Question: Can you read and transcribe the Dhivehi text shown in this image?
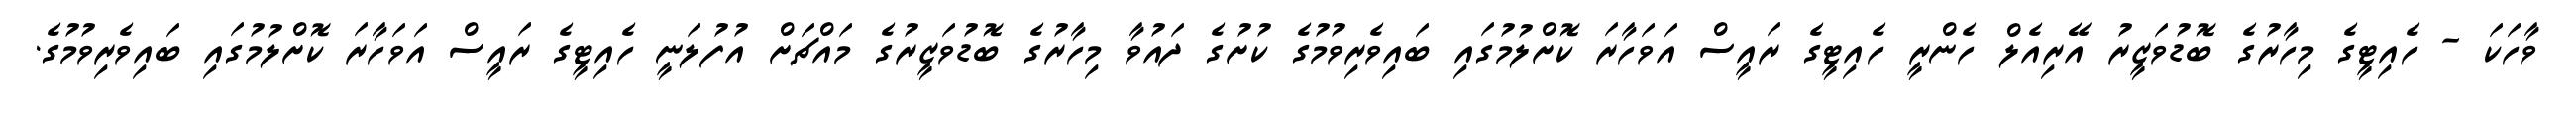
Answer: ވާހަކަ - ހެއިޓީގެ މިހާރުގެ ބޮޑުވަޒީރު އޭރިއެލް ހެންރީ ހެއިޓީގެ ރައީސް އަވަހާރަ ކޮށްލުމުގައި ބައިވެރިވުމުގެ ކުށުގެ ދައުވާ މިހާރުގެ ބޮޑުވަޒީރުގެ މައްޗަށް އުފުލަނީ ހެއިޓީގެ ރައީސް އަވަހާރަ ކޮށްލުމުގައި ބައިވެރިވުމުގެ.